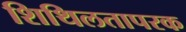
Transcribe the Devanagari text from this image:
शिथिलतापरक